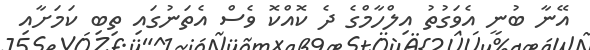
އޭނާ ބުނީ އެވަގުތު އިލްހާމްގެ ދެ ކޮއްކޮ ވެސް އެތަނުގައި ތިބި ކަމަށާއި